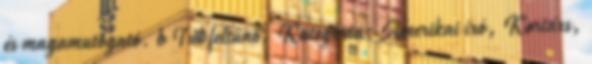
és magamutogató. b Túl feltűnő. Kategória: Amerikai író, Kortárs,